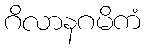
ဂိလာနဂမိကံ